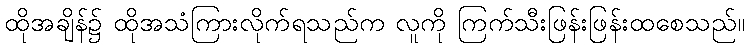
ထိုအချိန်၌ ထိုအသံကြားလိုက်ရသည်က လူကို ကြက်သီးဖြန်းဖြန်းထစေသည်။